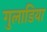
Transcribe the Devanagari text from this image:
गुलाडिया